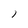
Character: 1